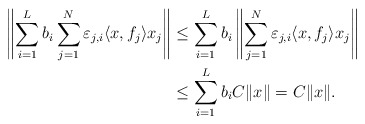
\begin{align*}\left\|\sum_{i=1}^{L} b_i\sum_{j=1}^N \varepsilon_{j,i} \langle x,f_j\rangle x_j \right\|&\leq \sum_{i=1}^{L} b_i\left\|\sum_{j=1}^N \varepsilon_{j,i} \langle x,f_j\rangle x_j \right\|\\ &\leq \sum_{i=1}^L b_i C\|x\|=C\|x\|.\end{align*}